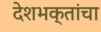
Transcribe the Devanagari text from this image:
देशभक्तांचा